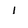
Character: 1